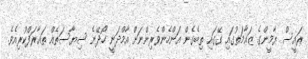
ރައީސް ޔާމީންގެ ޒަޢާމަތުގައި ގޭގައި ތިބެގެން އަންހެންވެރިންނަށް އާމްދަނީ ހޯދޭނެ ސިޔާސަތެއް ތަޢާރަފްކުރިއެވެ.